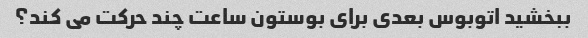
ببخشید اتوبوس بعدی برای بوستون ساعت چند حرکت می کند؟